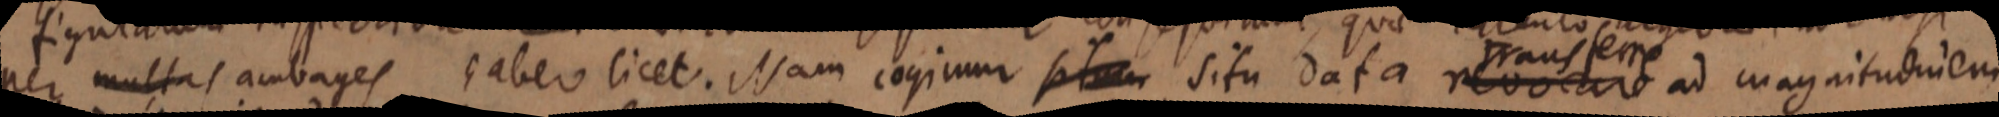
per multas ambages haber licet. Nam cogimur situm situ data revocare ad magnitudinem